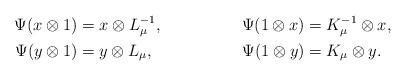
LaTeX: \begin{align*} \Psi(x\otimes 1) &= x\otimes L_{\mu}^{-1}, & \Psi(1\otimes x) &= K_\mu^{-1}\otimes x,\\ \Psi(y\otimes 1) &= y\otimes L_{\mu}, & \Psi(1\otimes y) &= K_\mu\otimes y.\end{align*}